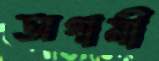
অগামী